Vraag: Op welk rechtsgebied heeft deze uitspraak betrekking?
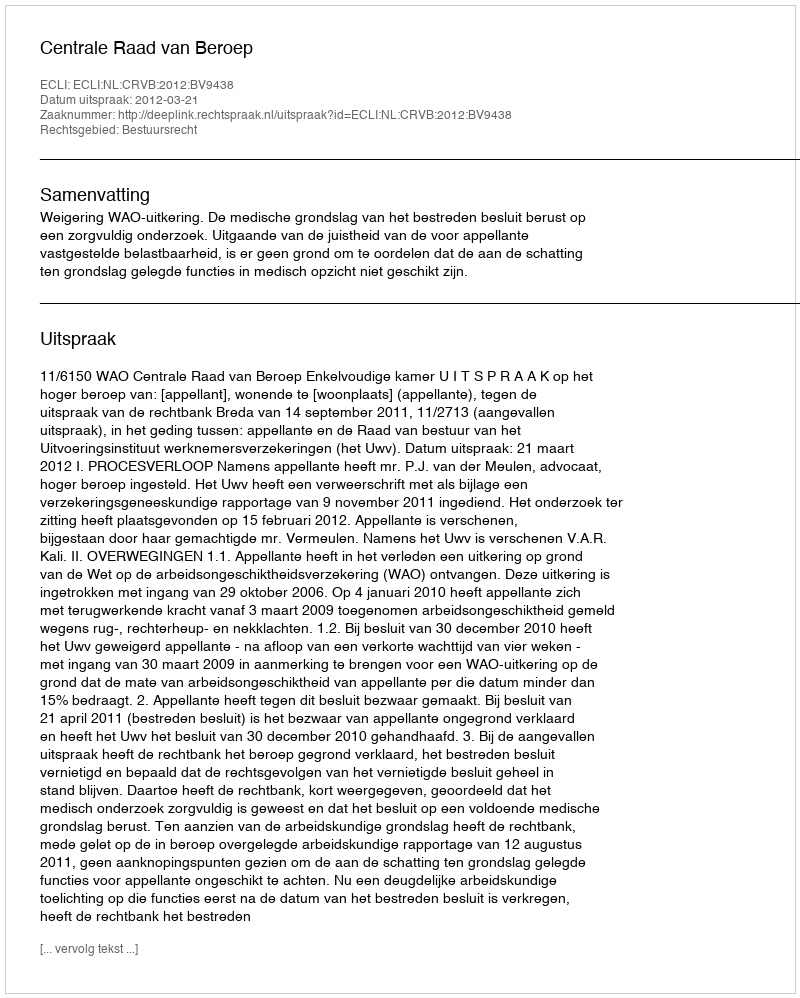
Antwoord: Bestuursrecht